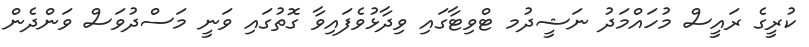
ކުރީގެ ރައީސް މުހައްމަދު ނަޝީދުމ ޓްވިޓާގައި ވިދާޅުވެފައިވާ ގޮތުގައި ވަނީ މަސްދުވަސް ވަންދެން